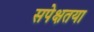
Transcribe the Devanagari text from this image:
सपेक्षतया